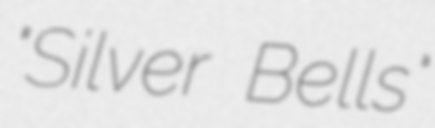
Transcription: "Silver Bells"